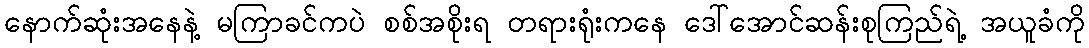
နောက်ဆုံးအနေနဲ့ မကြာခင်ကပဲ စစ်အစိုးရ တရားရုံးကနေ ဒေါ်အောင်ဆန်းစုကြည်ရဲ့ အယူခံကို